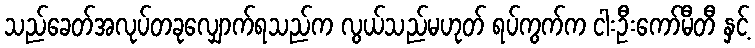
သည်ခေတ်အလုပ်တခုလျှောက်ရသည်က လွယ်သည်မဟုတ် ရပ်ကွက်က ငါးဦးကော်မီတီ နှင့်